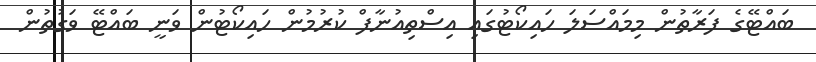
ބައްޓޭގެ ފަރާތުން މިމައްސަލަ ހައިކޯޓުގައި އިސްތިއުނާފް ކުރުމުން ހައިކޯޓުން ވަނީ ބައްޓޭ ވަގުތުން